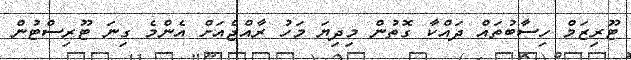
ޓޫރިޒަމް ހިސާބުތައް ދައްކާ ގޮތުން މިދިޔަ މަހު ރާއްޖެއަށް އެންމެ ގިނަ ޓޫރިސްޓުން